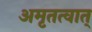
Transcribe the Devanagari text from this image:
अमृतत्वात्